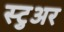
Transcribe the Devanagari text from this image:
स्टुअर